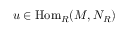
u \in { \mathrm { H o m } } _ { R } ( M , N _ { R } )